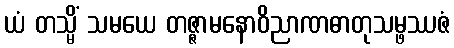
ယံ တသ္မိံ သမယေ တဇ္ဇာမနောဝိညာဏဓာတုသမ္ဖဿဇံ